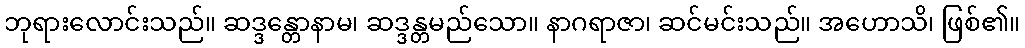
ဘုရားလောင်းသည်။ ဆဒ္ဒန္တောနာမ၊ ဆဒ္ဒန္တမည်သော။ နာဂရာဇာ၊ ဆင်မင်းသည်။ အဟောသိ၊ ဖြစ်၏။